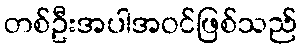
တစ်ဦးအပါအဝင်ဖြစ်သည်